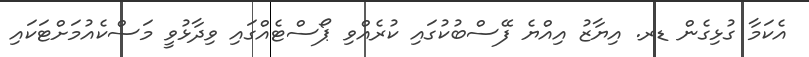
އެކަމާ ގުޅިގެން ޑރ. އިޔާޒު އިއްޔެ ފޭސްބުކުގައި ކުރެއްވި ޕޯސްޓެއްގައި ވިދާޅުވީ މަސްކެއުމަށްޓަކައި